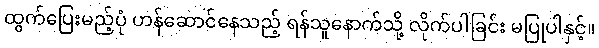
ထွက်ပြေးမည့်ပုံ ဟန်ဆောင်နေသည့် ရန်သူနောက်သို့ လိုက်ပါခြင်း မပြုပါနှင့်။